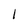
Character: 1